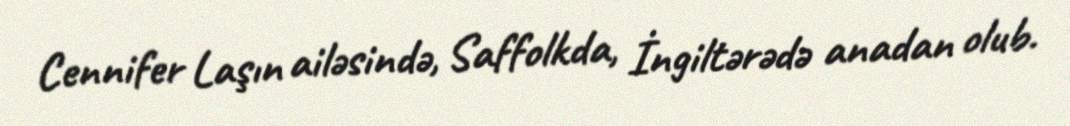
Cennifer Laşın ailəsində, Saffolkda, İngiltərədə anadan olub.